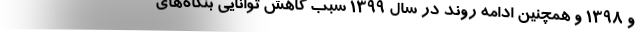
و ۱۳۹۸ و همچنین ادامه روند در سال ۱۳۹۹ سبب کاهش توانایی بنگاه‌های